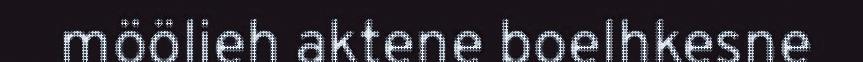
möölieh aktene boelhkesne